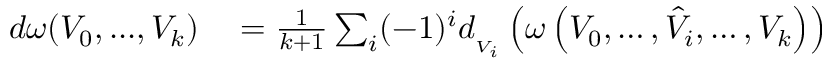
\begin{array} { r l } { d \omega ( V _ { 0 } , . . . , V _ { k } ) } & { { } = { \frac { 1 } { k + 1 } } \sum _ { i } ( - 1 ) ^ { i } d _ { { } _ { V _ { i } } } \left( \omega \left( V _ { 0 } , \ldots , { \hat { V } } _ { i } , \ldots , V _ { k } \right) \right) } \end{array}